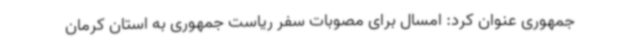
جمهوری عنوان کرد: امسال برای مصوبات سفر ریاست جمهوری به استان کرمان